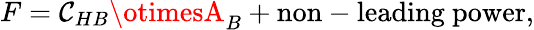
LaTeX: F=\mathcal{C}_{HB}\otimesA_{B}+\mathrm{{non-leading~power}},